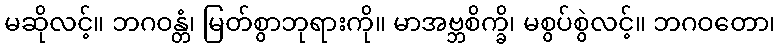
မဆိုလင့်။ ဘဂဝန္တံ၊ မြတ်စွာဘုရားကို။ မာအဗ္ဘစိက္ခိ၊ မစွပ်စွဲလင့်။ ဘဂဝတော၊